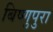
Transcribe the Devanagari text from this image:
बिष्णुपुरा